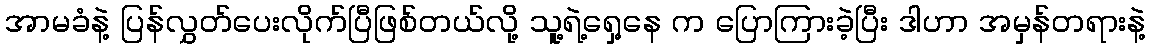
အာမခံနဲ့ ပြန်လွှတ်ပေးလိုက်ပြီဖြစ်တယ်လို့ သူ့ရဲ့ရှေ့နေ က ပြောကြားခဲ့ပြီး ဒါဟာ အမှန်တရားနဲ့